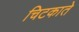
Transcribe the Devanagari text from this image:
चिटकाते